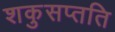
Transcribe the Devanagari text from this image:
शकुसप्तति